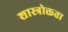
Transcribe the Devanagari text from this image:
शास्त्रोक्तता